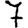
Digit: 7